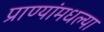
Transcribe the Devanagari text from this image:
प्राण्यांमधल्या